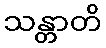
သန္တာတိ